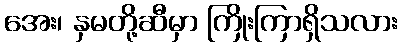
အေး၊ နှမတို့ဆီမှာ ကြိုးကြာရှိသလား